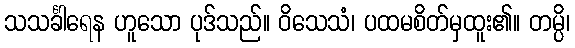
သသင်္ခါရေန ဟူသော ပုဒ်သည်။ ဝိသေသံ၊ ပထမစိတ်မှထူး၏။ တမ္ပိ၊